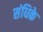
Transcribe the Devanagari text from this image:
संधिके